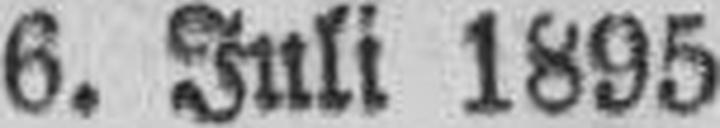
6. Juli 1895